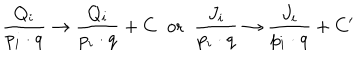
\frac { Q _ { i } } { p _ { i } \cdot q } \rightarrow \frac { Q _ { i } } { p _ { i } \cdot q } + C \; \; \mathrm { o r } \; \; \frac { J _ { i } } { p _ { i } \cdot q } \rightarrow \frac { J _ { i } } { p _ { i } \cdot q } + C ^ { \prime }